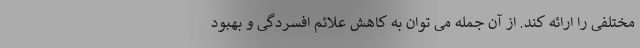
مختلفی را ارائه کند. از آن جمله می توان به کاهش علائم افسردگی و بهبود